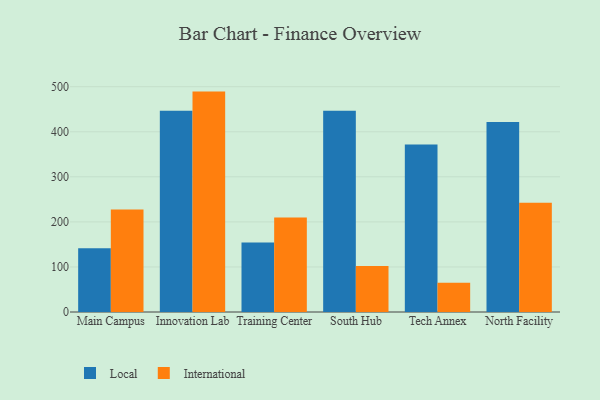
{"axis": {"x": "Campus", "y": "Energy Usage (MWh)"}, "legend": ["International", "Local"], "data": [{"x": "Main Campus", "y": 141.7, "type": "Local"}, {"x": "Main Campus", "y": 227.5, "type": "International"}, {"x": "Innovation Lab", "y": 446.5, "type": "Local"}, {"x": "Innovation Lab", "y": 489.1, "type": "International"}, {"x": "Training Center", "y": 154.3, "type": "Local"}, {"x": "Training Center", "y": 209.8, "type": "International"}, {"x": "South Hub", "y": 446.4, "type": "Local"}, {"x": "South Hub", "y": 102.0, "type": "International"}, {"x": "Tech Annex", "y": 371.5, "type": "Local"}, {"x": "Tech Annex", "y": 65.0, "type": "International"}, {"x": "North Facility", "y": 421.8, "type": "Local"}, {"x": "North Facility", "y": 242.7, "type": "International"}]}